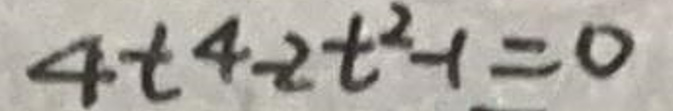
$4t + 2t^2 + 1 = 0$